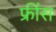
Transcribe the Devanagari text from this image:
फ्रींस